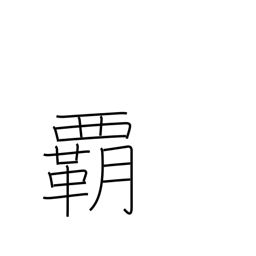
Meaning: supremacy